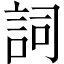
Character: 詞